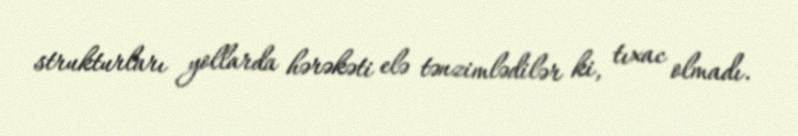
strukturları yollarda hərəkəti elə tənzimlədilər ki, tıxac olmadı.